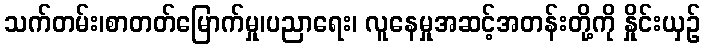
သက်တမ်း၊စာတတ်မြောက်မှု၊ပညာရေး၊ လူနေမှုအဆင့်အတန်းတို့ကို နှိုင်းယှဉ်